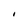
Character: I